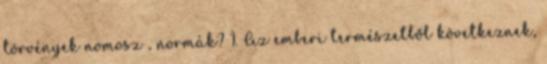
törvények nomosz , normák? 1. Az emberi természetből következnek,